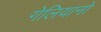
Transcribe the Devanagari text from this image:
गेलियानो